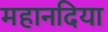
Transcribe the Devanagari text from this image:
महानदिया